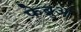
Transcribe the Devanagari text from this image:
फेब्रुआ